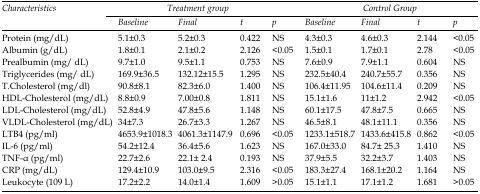
<table><thead><tr><td rowspan="2"><b><i>Characteristics</i></b></td><td colspan="4"><b><i>Treatment group</i></b></td><td colspan="4"><b><i>Control Group</i></b></td></tr><tr><td><b><i>Baseline</i></b></td><td><b><i>Final</i></b></td><td><b><i>t</i></b></td><td><b><i>p</i></b></td><td><b><i>Baseline</i></b></td><td><b><i>Final</i></b></td><td><b><i>t</i></b></td><td><b><i>p</i></b></td></tr></thead><tbody><tr><td>Protein (mg/dL)</td><td>5.1±0.3</td><td>5.2±0.3</td><td>0.422</td><td>NS</td><td>4.3±0.3</td><td>4.6±0.3</td><td>2.144</td><td>&lt;0.05</td></tr><tr><td>Albumin (g/dL)</td><td>1.8±0.1</td><td>2.1±0.2</td><td>2.126</td><td>&lt;0.05</td><td>1.5±0.1</td><td>1.7±0.1</td><td>2.78</td><td>&lt;0.05</td></tr><tr><td>Prealbumin (mg/ dL)</td><td>9.7±1.0</td><td>9.5±1.1</td><td>0.753</td><td>NS</td><td>7.6±0.9</td><td>7.9±1.1</td><td>0.604</td><td>NS</td></tr><tr><td>Triglycerides (mg/ dL)</td><td>169.9±36.5</td><td>132.12±15.5</td><td>1.295</td><td>NS</td><td>232.5±40.4</td><td>240.7±55.7</td><td>0.356</td><td>NS</td></tr><tr><td>T.Cholesterol (mg/dl)</td><td>90.8±8.1</td><td>82.3±6.0</td><td>1.400</td><td>NS</td><td>106.4±11.95</td><td>104.6±11.4</td><td>0.209</td><td>NS</td></tr><tr><td>HDL-Cholesterol (mg/dL)</td><td>8.8±0.9</td><td>7.00±0.8</td><td>1.811</td><td>NS</td><td>15.1±1.6</td><td>11±1.2</td><td>2.942</td><td>&lt;0.05</td></tr><tr><td>LDL-Cholesterol (mg/dL)</td><td>52.8±4.9</td><td>47.8±5.6</td><td>1.148</td><td>NS</td><td>60.1±17.5</td><td>47.8±7.5</td><td>0.665</td><td>NS</td></tr><tr><td>VLDL-Cholesterol (mg/dL)</td><td>34±7.3</td><td>26.7±3.3</td><td>1.267</td><td>NS</td><td>46.5±8.1</td><td>48.1±11.1</td><td>0.356</td><td>NS</td></tr><tr><td>LTB<sub>4 </sub>(pg/ml)</td><td>4653.9±1018.3</td><td>4061.3±1147.9</td><td>0.696</td><td>&lt;0.05</td><td>1233.1±518.7</td><td>1433.6±415.8</td><td>0.862</td><td>&lt;0.05</td></tr><tr><td>IL-6 (pg/ml)</td><td>54.2±12.4</td><td>36.4±5.6</td><td>1.623</td><td>NS</td><td>167.0±33.0</td><td>84.7± 25.3</td><td>1.410</td><td>NS</td></tr><tr><td>TNF-α (pg/ml)</td><td>22.7±2.6</td><td>22.1± 2.4</td><td>0.193</td><td>NS</td><td>37.9±5.5</td><td>32.2±3.7</td><td>1.403</td><td>NS</td></tr><tr><td>CRP (mg/dL)</td><td>129.4±10.9</td><td>103.0±9.5</td><td>2.316</td><td>&lt;0.05</td><td>183.3±27.4</td><td>168.1±20.2</td><td>1.164</td><td>NS</td></tr></tbody></table>